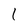
Character: I